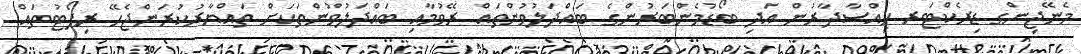
މެނޭޖިންގ ޑިރެކްޓަރ ހިއްސާދާރުން އަދި ބޯޑުމެންބަރުންގެ ބައްދަލުވުންތައް ރޭވުމާއި ބައްދަލުވުންތަކަށް ތައްޔާރުކުރަންޖެހޭ ރިޕޯޓުތައް